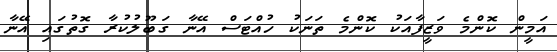
އަމީން ކޮންމެ ވަޒީފާއަކު ކޮންމެ ތަނަކު ހުއްޓަސް އޭނާ ގަބޫލުކުރާ ގޮތުގައި އޭނާ